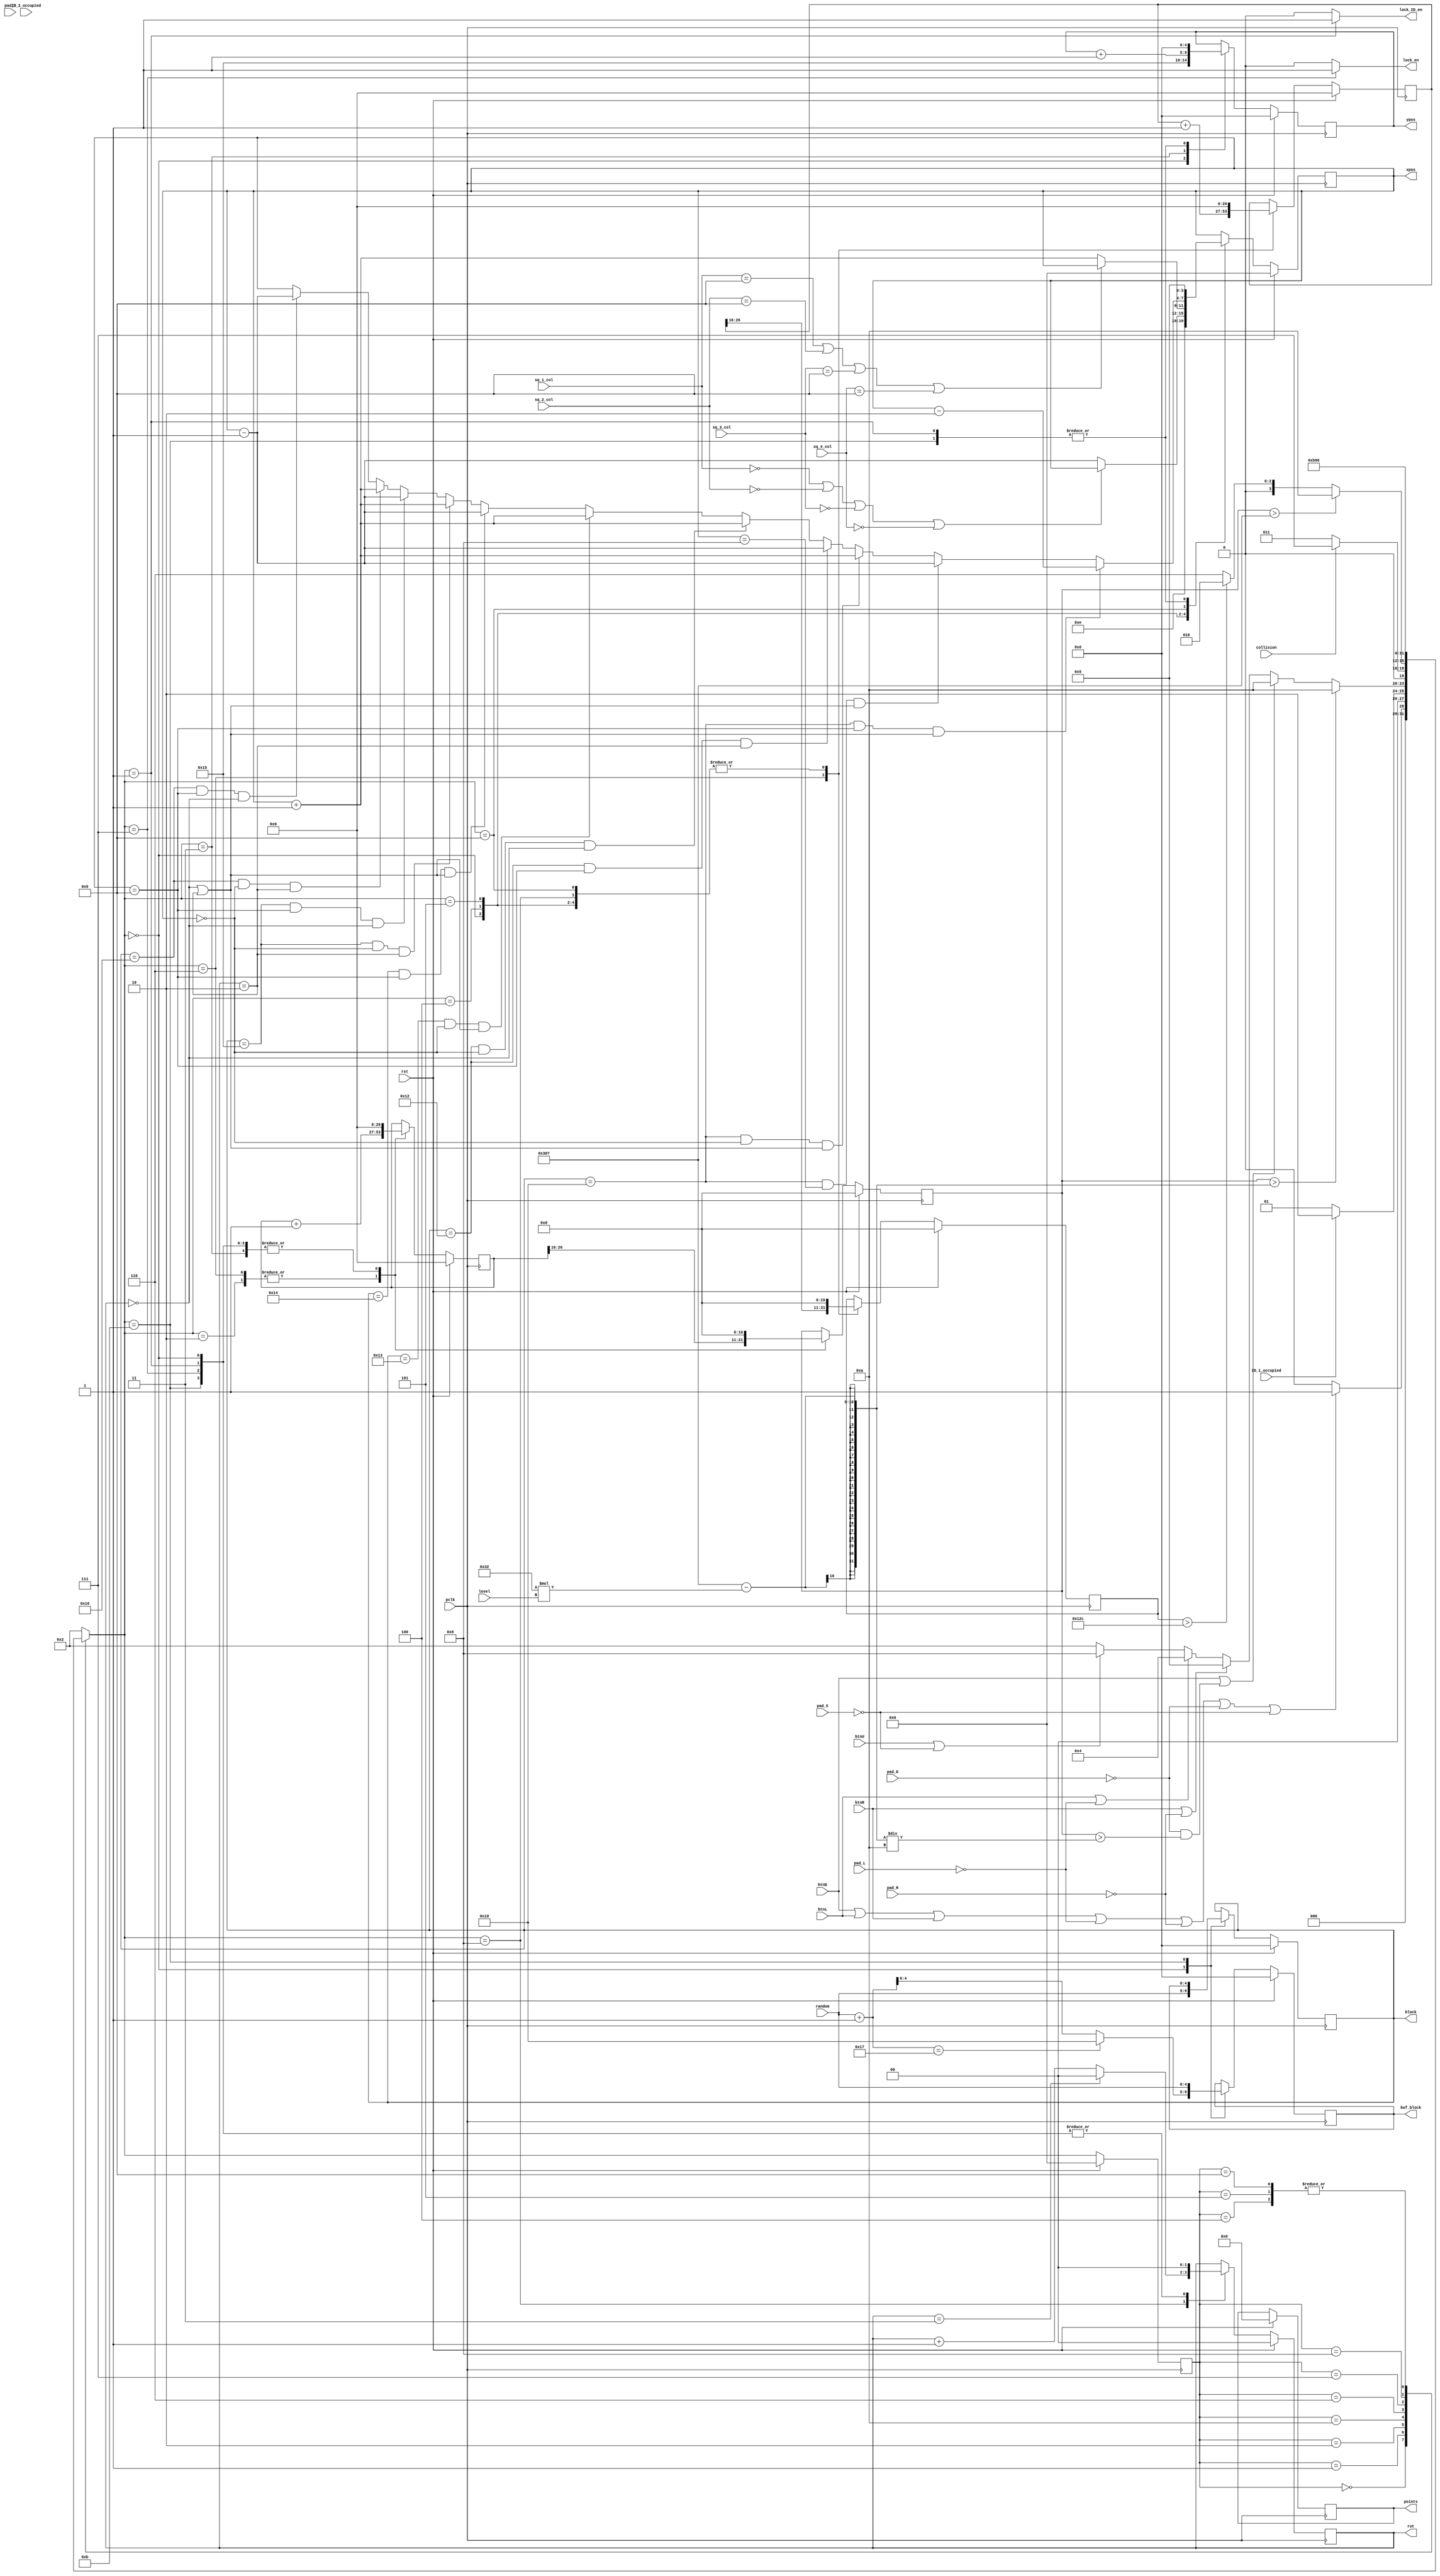
`timescale 1ns / 1ps

module draw_rect_ctl(
    input wire       pclk,
    input wire       rst,
    input wire       pad_R,
    input wire       pad_L,
    input wire       pad_U,
    input wire       pad_D,
    input wire       pad_S,
    input wire       btnL,
    input wire       btnR,
    input wire       btnD,
    input wire       btnU,
    input wire [3:0] sq_1_col,
    input wire [3:0] sq_2_col,
    input wire [3:0] sq_3_col,          
    input wire [3:0] sq_4_col,
    input wire       collision,
    input wire [4:0] random,
    input wire [3:0] level,
    input wire       ID_1_occupied,
    input wire       ID_2_occupied,
    
    output reg [3:0] xpos,
    output reg [4:0] ypos,
    output reg [4:0] block,
    output reg [4:0] buf_block,
    output reg [1:0] rot,
    output reg       lock_en,
    output reg [19:0]points,
    output reg       lock_ID_en
    );
    
    //localparam LEVEL = 5; //_______________________ make it input later
    localparam FALL_DELAY = 775; //- 100*level
    
    localparam WAIT_FOR_BTN= 'b0000;
    localparam INIT        = 'b0001;
    localparam IDLE        = 'b0010;
    localparam MOVE_DOWN   = 'b0011;
    localparam MOVE_LEFT   = 'b0100;
    localparam MOVE_RIGHT  = 'b0101;
    localparam HOLD_BTN    = 'b0110;
    localparam STOP        = 'b0111;
    localparam ROT         = 'b1000;
    localparam ROT_OFFSET  = 'b1001;
    localparam CHECK       = 'b1010;
    localparam NEW_BLOCK   = 'b1011;
    
    localparam I_BLOCK = 'b10000;
    localparam O_BLOCK = 'b10001;
    localparam T_BLOCK = 'b10010;
    localparam S_BLOCK = 'b10011;
    localparam Z_BLOCK = 'b10100;
    localparam J_BLOCK = 'b10101;
    localparam L_BLOCK = 'b10110;
    
    reg [1:0]  rot_nxt;
    reg [3:0]  state_nxt, state;
    reg [4:0]  block_nxt, xpos_nxt, ypos_nxt, buf_block_nxt;         
    reg [10:0] counter, counter_nxt, debounce2_nxt, debounce2;
    reg [19:0] points_nxt;
    reg [26:0] iterator, iterator_nxt, debounce1, debounce1_nxt;
    
    always@(posedge pclk)
        if (rst) begin
            state <= WAIT_FOR_BTN;
            ypos       <= 0;
            xpos       <= 0;
            counter    <= 0;
            iterator   <= 0;
            block      <= 0;
            rot        <= 0;
            debounce1  <= 0;
            debounce2  <= 0;
            buf_block  <= 0;
            points     <= 0;
        end
        else begin
            state     <= state_nxt;
            ypos      <= ypos_nxt;
            xpos      <= xpos_nxt;
            counter   <= counter_nxt;
            iterator  <= iterator_nxt;
            block     <= block_nxt;
            rot       <= rot_nxt;
            debounce1 <= debounce1_nxt;
            debounce2 <= debounce2_nxt;
            buf_block <= buf_block_nxt;
            points    <= points_nxt;
            
        end
    
    always@*begin
      case(state)
        WAIT_FOR_BTN:state_nxt = (btnD||btnL||btnR||!pad_L||!pad_R||!pad_D||!pad_S) ? INIT : WAIT_FOR_BTN;
        INIT:        state_nxt = (ID_1_occupied) ? IDLE : INIT;
        IDLE:        state_nxt = (counter > FALL_DELAY-(50*level)) ? CHECK : btnD||!pad_D && (counter > (FALL_DELAY-(50*level))/10) ? CHECK : btnR||!pad_R ? MOVE_RIGHT : btnL||!pad_L ? MOVE_LEFT : (btnU||!pad_S) ? ROT : IDLE; 
        MOVE_DOWN:   state_nxt = IDLE;
        CHECK:       state_nxt = collision ? STOP : MOVE_DOWN;
        MOVE_LEFT:   state_nxt = HOLD_BTN;
        MOVE_RIGHT:  state_nxt = HOLD_BTN;
        HOLD_BTN:    state_nxt = (counter > FALL_DELAY) ? CHECK : (debounce2 > 300) ? IDLE : HOLD_BTN;
        STOP:        state_nxt = NEW_BLOCK;
        ROT:         state_nxt = ROT_OFFSET;
        ROT_OFFSET:  state_nxt = HOLD_BTN;
        NEW_BLOCK :  state_nxt = IDLE;
      default:
        state_nxt = IDLE;  
      endcase
    end
            
    always@*begin 
      case (state_nxt)  
        WAIT_FOR_BTN: begin
          xpos_nxt = 30;
          ypos_nxt = 21;          
          iterator_nxt = 0;
          counter_nxt = 0;
          block_nxt = random;
          if(random + 1 == 'b10111) buf_block_nxt = 'b10000;
          else buf_block_nxt = random + 1;
          rot_nxt = 0;
          debounce1_nxt = 0;
          debounce2_nxt = 0;
          lock_en = 0;
          lock_ID_en = 0;
          points_nxt = points;
        end  
        INIT: begin
          lock_en = 0;
          xpos_nxt = 5;
          ypos_nxt = 0;          
          counter_nxt = 0;   
          iterator_nxt = 0;
          block_nxt = block;
          buf_block_nxt = buf_block;
          rot_nxt = 0;
          debounce1_nxt = 0;
          debounce2_nxt = 0;  
          lock_ID_en = 1;
          points_nxt = points;
          end         
        IDLE: begin
          xpos_nxt = xpos;
          ypos_nxt = ypos;           
          iterator_nxt = iterator + 1;
          counter_nxt = (iterator)>>16;
          block_nxt = block;
          buf_block_nxt = buf_block;
          rot_nxt = rot;
          debounce1_nxt = 0;
          debounce2_nxt = 0;   
          lock_en = 0;
          lock_ID_en = 0;
          points_nxt = points;
          end 
        MOVE_DOWN: begin
          if((btnD||!pad_D)&& counter>0) points_nxt = points + 1;
          xpos_nxt = xpos;
          ypos_nxt = ypos + 1;          
          iterator_nxt = 0;
          counter_nxt = 0;
          block_nxt = block;
          buf_block_nxt = buf_block;
          rot_nxt = rot;
          debounce1_nxt = 0;
          debounce2_nxt = 0;
          lock_en = 0;
          lock_ID_en = 0;
          points_nxt = points;
          end
        CHECK: begin
          xpos_nxt = xpos;
          ypos_nxt = ypos;          
          iterator_nxt = iterator;
          counter_nxt = counter;
          block_nxt = block;
          buf_block_nxt = buf_block;
          rot_nxt = rot;
          debounce1_nxt = debounce1;
          debounce2_nxt = debounce2;
          lock_en = 0;
          lock_ID_en = 0;
          points_nxt = points;
          end          
        MOVE_LEFT: begin
            if((sq_1_col == 0) || (sq_2_col == 0) || (sq_3_col == 0) || (sq_4_col == 0)) xpos_nxt = xpos;
            else xpos_nxt = xpos - 1;
          ypos_nxt = ypos;         
          iterator_nxt = iterator;
          counter_nxt = counter;
          block_nxt = block;
          buf_block_nxt = buf_block;
          rot_nxt = rot; 
          debounce1_nxt = 0;
          debounce2_nxt = 0;       
          lock_en = 0;
          lock_ID_en = 0;
          points_nxt = points;
          end
        MOVE_RIGHT: begin
            if((sq_1_col == 9) || (sq_2_col == 9) || (sq_3_col == 9) || (sq_4_col == 9)) xpos_nxt = xpos;
            else xpos_nxt = xpos + 1;
          ypos_nxt = ypos;           
          iterator_nxt = iterator;
          counter_nxt = counter;
          block_nxt = block;
          buf_block_nxt = buf_block;
          rot_nxt = rot;
          debounce1_nxt = 0;
          debounce2_nxt = 0;         
          lock_en = 0;
          lock_ID_en = 0;
          points_nxt = points;
          end
        HOLD_BTN: begin
          xpos_nxt = xpos;
          ypos_nxt = ypos;  
          iterator_nxt = iterator + 1;
          counter_nxt = (iterator)>>16;
          block_nxt = block;
          buf_block_nxt = buf_block;
          rot_nxt = rot;
          debounce1_nxt = debounce1 + 1;
          debounce2_nxt = (debounce1)>>16;  
          lock_en = 0;
          lock_ID_en = 0;
          points_nxt = points;
          end
        STOP: begin
          xpos_nxt = xpos;
          ypos_nxt = ypos;          
          counter_nxt = 0;   
          iterator_nxt = 0;
          rot_nxt = 0;
          block_nxt = block;
          buf_block_nxt = buf_block;
          debounce1_nxt = 0;
          debounce2_nxt = 0;
          lock_en = 1;
          lock_ID_en = 0;
          points_nxt = points;
          end
        ROT: begin
            if (rot == 3) rot_nxt = 0;
            else rot_nxt = rot + 1;
          xpos_nxt = xpos;
          ypos_nxt = ypos;                
          iterator_nxt = iterator;
          counter_nxt = counter;
          block_nxt = block;
          buf_block_nxt = buf_block;
          debounce1_nxt = 0;
          debounce2_nxt = 0;
          lock_en = 0;
          lock_ID_en = 0;
          points_nxt = points;
          end
        ROT_OFFSET: begin
            if(block==I_BLOCK && xpos==9 && (rot == 0 || rot == 2)) xpos_nxt = xpos - 2;
            else if(block==I_BLOCK && xpos==8 && (rot == 0 || rot == 2)) xpos_nxt = xpos - 1;
            else if(block==I_BLOCK && xpos==0 && (rot == 0 || rot == 2)) xpos_nxt = xpos + 1;
            else if(block==T_BLOCK && xpos==9 && rot == 2) xpos_nxt = xpos - 1;
            else if(block==T_BLOCK && xpos==0 && rot == 0) xpos_nxt = xpos + 1;
            else if(block==S_BLOCK && xpos==0 && (rot == 0 || rot == 2)) xpos_nxt = xpos + 1;
            else if(block==Z_BLOCK && xpos==9 && (rot == 0 || rot == 2)) xpos_nxt = xpos - 1;
            else if(block==J_BLOCK && xpos==0 && rot == 2) xpos_nxt = xpos + 1;
            else if(block==J_BLOCK && xpos==9 && rot == 0) xpos_nxt = xpos - 1;
            else if(block==L_BLOCK && xpos==0 && rot == 2) xpos_nxt = xpos + 1;
            else if(block==L_BLOCK && xpos==9 && rot == 0) xpos_nxt = xpos - 1;
            else xpos_nxt = xpos;
          rot_nxt = rot;
          ypos_nxt = ypos;                
          iterator_nxt = iterator;
          counter_nxt = counter;
          block_nxt = block;
          buf_block_nxt = buf_block;
          debounce1_nxt = 0;
          debounce2_nxt = 0;
          lock_en = 0;
          lock_ID_en = 0;
          points_nxt = points;
          end
        NEW_BLOCK: begin
          xpos_nxt = 5;
          ypos_nxt = 0;          
          counter_nxt = 0;   
          iterator_nxt = 0;
          block_nxt = buf_block;
          buf_block_nxt = random;
          rot_nxt = 0;
          debounce1_nxt = 0;
          debounce2_nxt = 0;
          lock_en = 0;
          lock_ID_en = 0;
          points_nxt = points;
          end          
        default: begin
          xpos_nxt = xpos;
          ypos_nxt = ypos;          
          iterator_nxt = iterator;
          counter_nxt = counter;
          block_nxt = block;
          buf_block_nxt = buf_block;
          rot_nxt = rot;
          debounce1_nxt = debounce1;
          debounce2_nxt = debounce2;
          lock_en = 0;
          lock_ID_en = 0;
          points_nxt = points;
          end
      endcase
    end      
endmodule